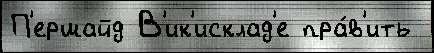
П'ершайд В'ик'исклад'е пра́в'ить